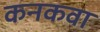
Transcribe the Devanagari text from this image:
कनकवा